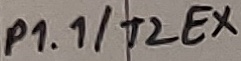
Text: P1.1/T2EX